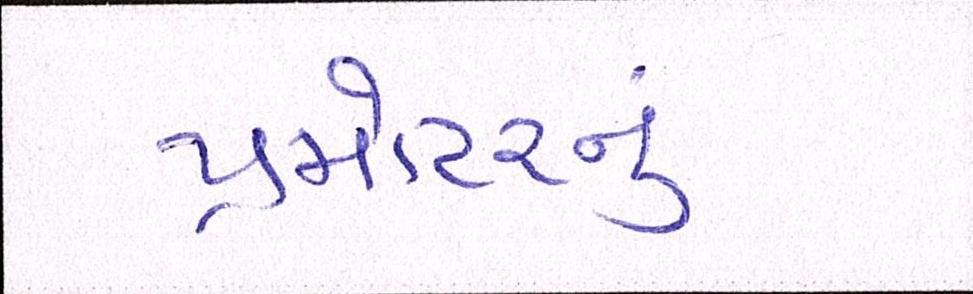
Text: પ્રમોટરનું